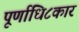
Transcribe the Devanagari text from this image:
पूर्णाधि८कार